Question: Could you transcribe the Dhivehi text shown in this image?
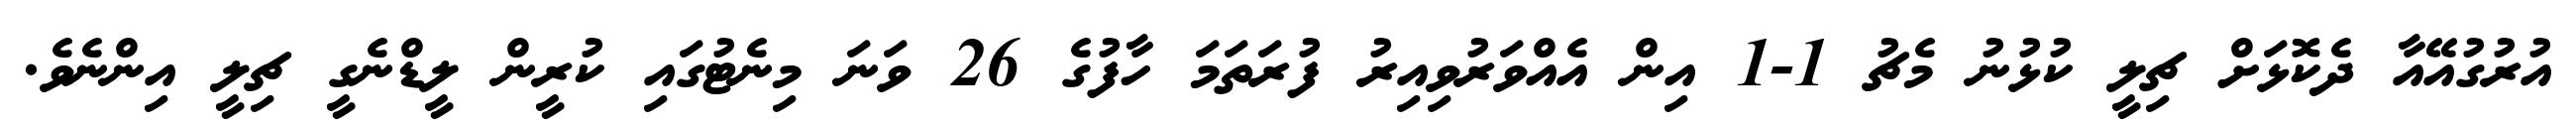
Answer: އުރުގުއޭއާ ދެކޮޅަށް ޗިލީ ކުޅުނު މެޗު 1-1 އިން އެއްވަރުވިއިރު ފުރަތަމަ ހާފުގެ 26 ވަނަ މިނެޓުގައި ކުރީން ލީޑްނެގީ ޗިލީ އިންނެވެ.